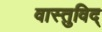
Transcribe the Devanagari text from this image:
वास्‍तुविद्